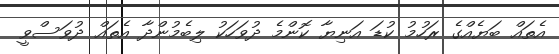
އެތައް ބަޔެއްގެ ރަހުމު ކުޑަ އަނިޔާ ކޮންމެ ދުވަހަކު ލިބެމުންދާ އެތައް ދުވަސްވީ